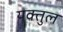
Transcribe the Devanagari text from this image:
यक्तुल